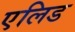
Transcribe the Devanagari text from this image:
एलिड